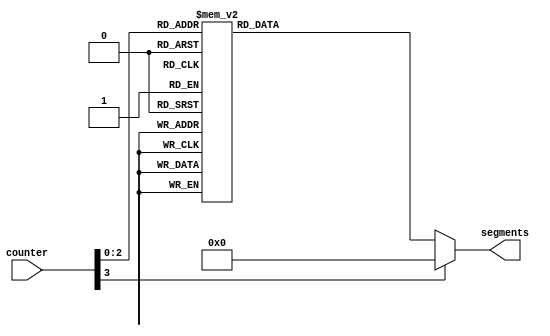

/*
      -- 1 --
     |       |
     6       2
     |       |
      -- 7 --
     |       |
     5       3
     |       |
      -- 4 --
*/

module seg7 (
    input wire [3:0] counter,
    output reg [6:0] segments
);

    always @(*) begin
        case(counter)
            0:  segments = 7'b0000000;
            1:  segments = 7'b1110000; //R
            2:  segments = 7'b0111111; //O
            3:  segments = 7'b1101111; //G
            4:  segments = 7'b1111001; //E
            5:  segments = 7'b0111000; //L
            6:  segments = 7'b0110000; //I
            7:  segments = 7'b0111111; //O
	    default:
                segments = 7'b0000000;
        endcase
    end

endmodule